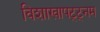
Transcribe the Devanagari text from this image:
विशाखापट्ट्नम